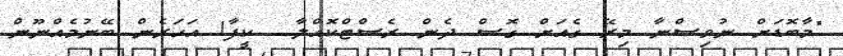
"މާބޮޑަށް ނުވިސްނާ މިރޭ ގެއަށް ގޮސް ދެން ރެސްޓްކޮއްލާ... ކީފާ! އަހަރެން ބޭނުމެއްނޫން